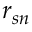
r _ { s n }